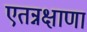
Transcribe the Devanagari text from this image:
एतन्नक्षाणां